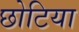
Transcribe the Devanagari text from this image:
छोटिया